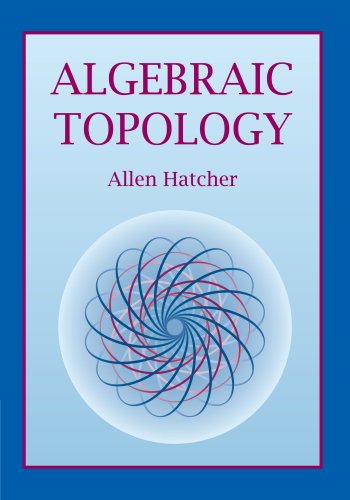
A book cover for Algebraic Topology; Allen Hatcher; Science & Math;